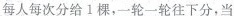
每人每次分给1棵,一轮一轮往下分，当